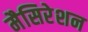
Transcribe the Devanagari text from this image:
मैसिरेशन